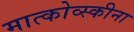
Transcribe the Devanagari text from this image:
मात्कोव्स्कीना